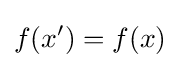
f(x')=f(x)